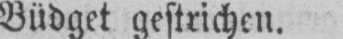
Büdget gestrichen.